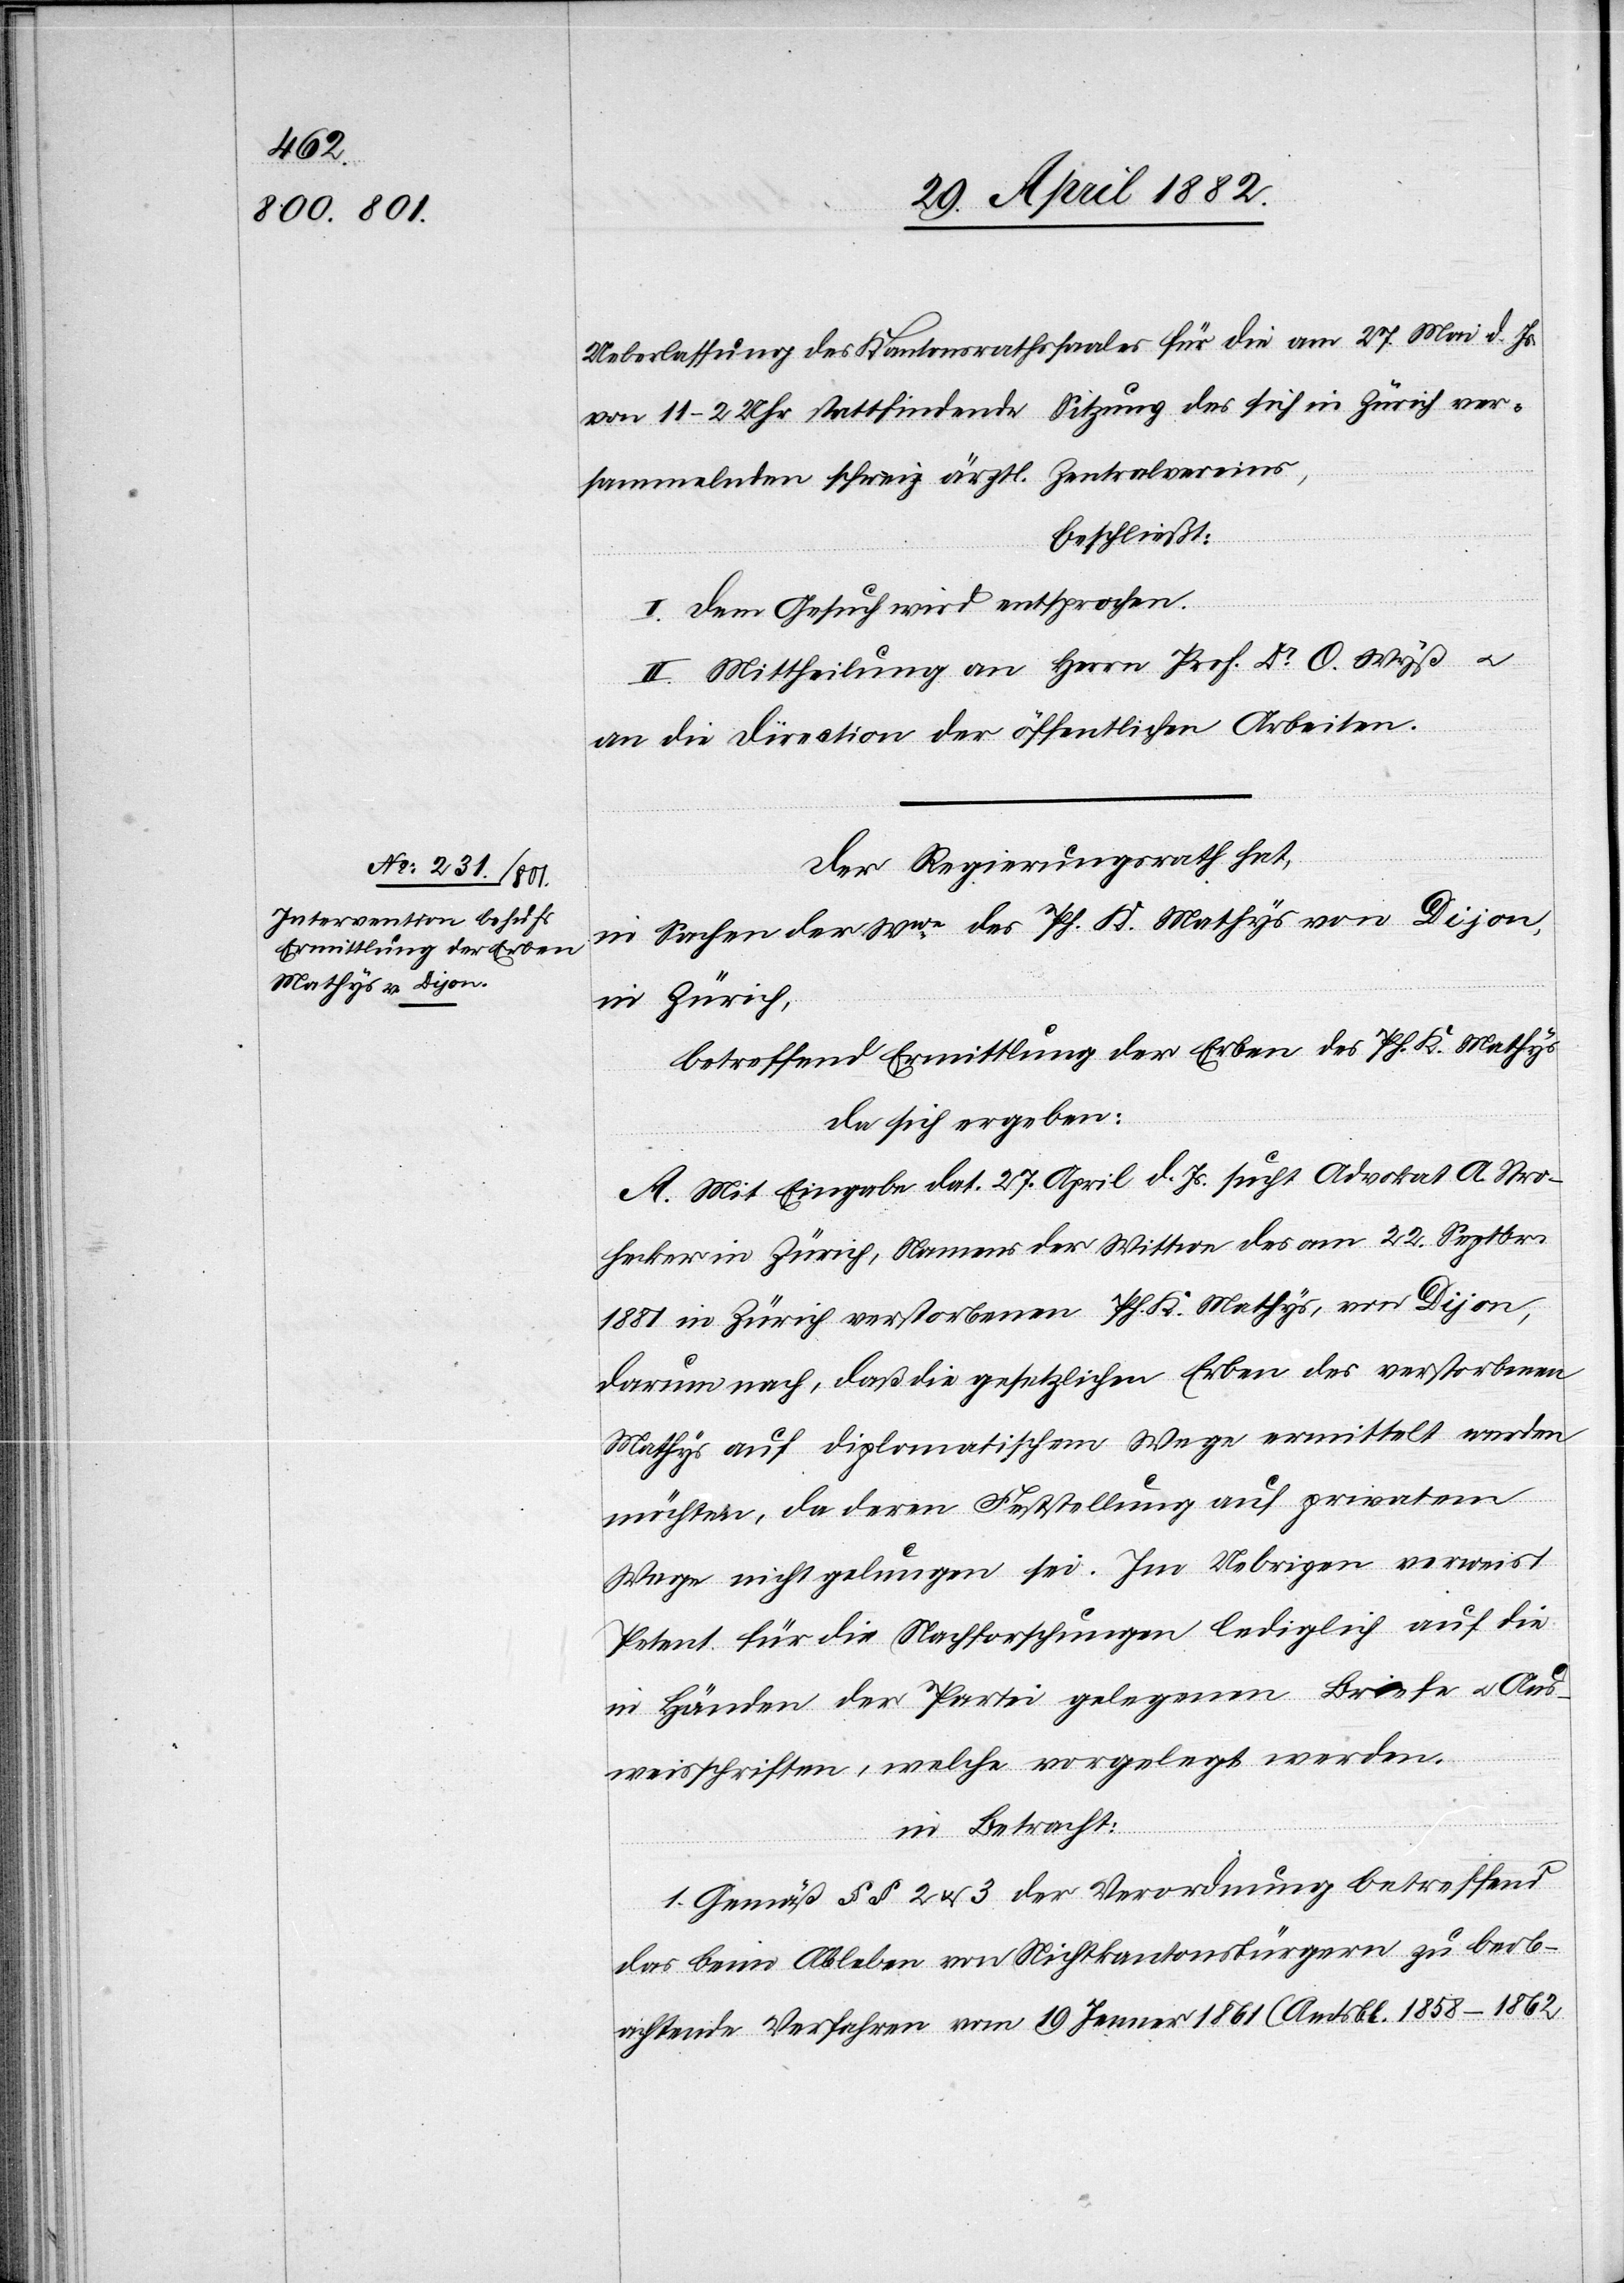
Ueberlassung des Kantonsrathssaales für die am 27. Mai d. Js.
von 11–2 Uhr stattfindende Sitzung des sich in Zürich ver¬
sammelnden schweiz. ärztl. Zentralvereins,
beschließt:
I. Dem Gesuch wird entsprochen.
II. Mittheilung an Herrn Prof. Dr O. Wyß u.
an die Direction der öffentlichen Arbeiten.
Der Regierungsrath hat,
in Sachen der Wwe des Pf. K. Mathys von Dijon,
in Zürich,
betreffend Ermittlung der Erben des Pf. K. Mathys
da sich ergeben:
A. Mit Eingabe dat. 17. April d. Js. sucht Advokat A. Stro¬
hecker in Zürich, Namens der Wittwe des am 22. Septbr.
1881 in Zürich verstorbenen Pf. K. Mathys, von Dijon,
darum nach, daß die gesetzlichen Erben des verstorbenen
Mathys auf diplomatischem Wege ermittelt werden
möchten, da deren Feststellung auf privatem
Wege nicht gelungen sei. Im Uebrigen verweist
Petent für die Nachforschungen lediglich auf die
in Händen der Partei gelegenen Briefe u. Aus¬
weisschriften, welche vorgelegt werden.
in Betracht:
1. Gemäß §§ 2 & 3 der Verordnung betreffend
das beim Ableben von Nichtkantonsbürgern zu be¬
achtende Verfahren vom 19. Jenner 1861 (Amtsbl. 1858–1862